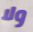
ولا